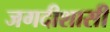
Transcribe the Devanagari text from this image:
जगदीशासी